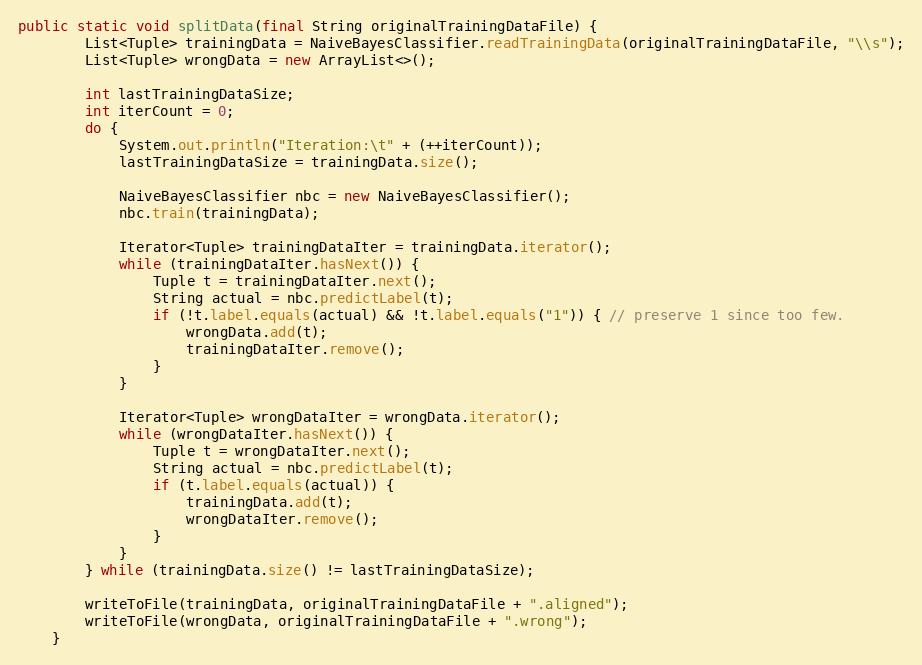
Language: Java
public static void splitData(final String originalTrainingDataFile) {
        List<Tuple> trainingData = NaiveBayesClassifier.readTrainingData(originalTrainingDataFile, "\\s");
        List<Tuple> wrongData = new ArrayList<>();

        int lastTrainingDataSize;
        int iterCount = 0;
        do {
            System.out.println("Iteration:\t" + (++iterCount));
            lastTrainingDataSize = trainingData.size();

            NaiveBayesClassifier nbc = new NaiveBayesClassifier();
            nbc.train(trainingData);

            Iterator<Tuple> trainingDataIter = trainingData.iterator();
            while (trainingDataIter.hasNext()) {
                Tuple t = trainingDataIter.next();
                String actual = nbc.predictLabel(t);
                if (!t.label.equals(actual) && !t.label.equals("1")) { // preserve 1 since too few.
                    wrongData.add(t);
                    trainingDataIter.remove();
                }
            }

            Iterator<Tuple> wrongDataIter = wrongData.iterator();
            while (wrongDataIter.hasNext()) {
                Tuple t = wrongDataIter.next();
                String actual = nbc.predictLabel(t);
                if (t.label.equals(actual)) {
                    trainingData.add(t);
                    wrongDataIter.remove();
                }
            }
        } while (trainingData.size() != lastTrainingDataSize);

        writeToFile(trainingData, originalTrainingDataFile + ".aligned");
        writeToFile(wrongData, originalTrainingDataFile + ".wrong");
    }